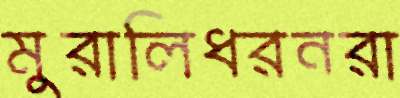
মুরালিধরনরা